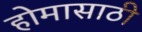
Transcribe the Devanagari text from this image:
होमासाठी